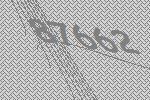
87662